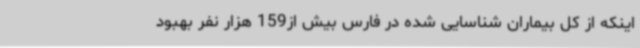
اینکه از کل بیماران شناسایی شده در فارس بیش از159 هزار نفر بهبود